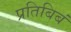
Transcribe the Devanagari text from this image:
प्रतिबिबं